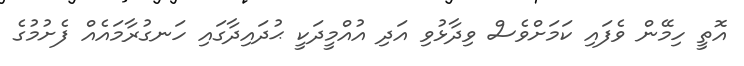
އޮތީ ހިމޭން ވެފައި ކަމަށްވެސް ވިދާޅުވި އަދި އުއްމީދަކީ ޙުދައިދާގައި ހަނގުރާމައެއް ފެށުމުގެ